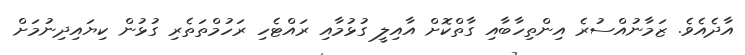
އާދެއެވެ. ޒަމާނުއްސުރެ އިންތިހާބާއި ގާތްކޮށް އާއިލީ ގުޅުމާއި ރައްޓެހި ރަހުމްތަތެރި ގުޅުން ކިޔައިދިނުމަށް